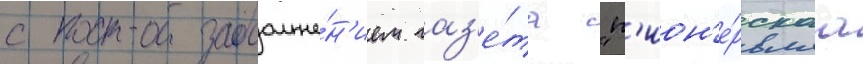
с продолже́н'ием газ'е́та "п'ион'е́рскаа